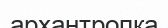
архантропқа